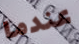
عندما